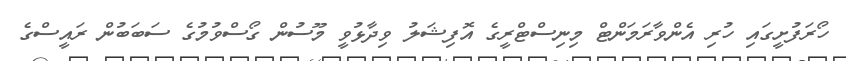
ހޯރަފުށީގައި ހުރި އެންވާރަމަންޓް މިނިސްޓްރީގެ އޮފިޝަލު ވިދާޅުވީ މޫސުން ގޯސްވުމުގެ ސަބަބުން ރައީސްގެ